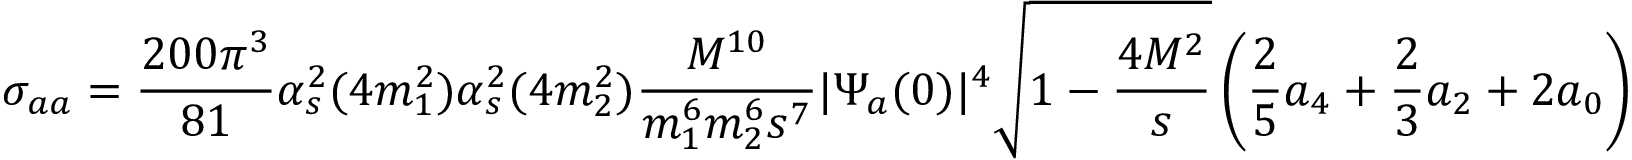
\sigma _ { a a } = \frac { 2 0 0 \pi ^ { 3 } } { 8 1 } \alpha _ { s } ^ { 2 } ( 4 m _ { 1 } ^ { 2 } ) \alpha _ { s } ^ { 2 } ( 4 m _ { 2 } ^ { 2 } ) \frac { M ^ { 1 0 } } { m _ { 1 } ^ { 6 } m _ { 2 } ^ { 6 } s ^ { 7 } } | \Psi _ { a } ( 0 ) | ^ { 4 } \sqrt { 1 - \frac { 4 M ^ { 2 } } { s } } \left( \frac { 2 } { 5 } a _ { 4 } + \frac { 2 } { 3 } a _ { 2 } + 2 a _ { 0 } \right) ,